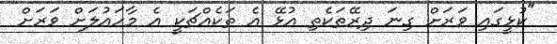
"ކުޅީގައި ވަރަށް ގިނަ ދިރޭތަކެތި އުޅޭ އެ ތަކެއްޗަކީ އެ މާހައުލަށް ވަރަށް